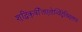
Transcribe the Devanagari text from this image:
शुद्धिंकुर्वीतएतोन्विंद्रेतिसूक्ततः